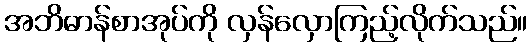
အဘိဓာန်စာအုပ်ကို လှန်လှောကြည့်လိုက်သည်။